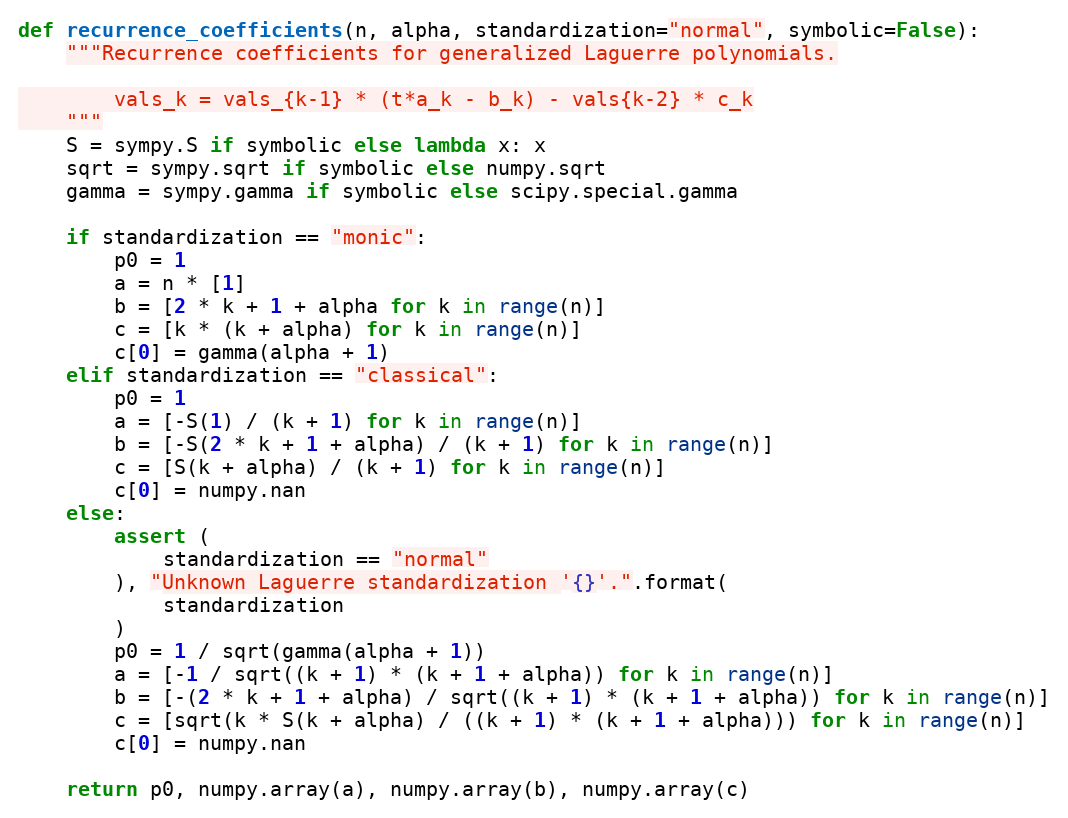
Language: Python
def recurrence_coefficients(n, alpha, standardization="normal", symbolic=False):
    """Recurrence coefficients for generalized Laguerre polynomials.

        vals_k = vals_{k-1} * (t*a_k - b_k) - vals{k-2} * c_k
    """
    S = sympy.S if symbolic else lambda x: x
    sqrt = sympy.sqrt if symbolic else numpy.sqrt
    gamma = sympy.gamma if symbolic else scipy.special.gamma

    if standardization == "monic":
        p0 = 1
        a = n * [1]
        b = [2 * k + 1 + alpha for k in range(n)]
        c = [k * (k + alpha) for k in range(n)]
        c[0] = gamma(alpha + 1)
    elif standardization == "classical":
        p0 = 1
        a = [-S(1) / (k + 1) for k in range(n)]
        b = [-S(2 * k + 1 + alpha) / (k + 1) for k in range(n)]
        c = [S(k + alpha) / (k + 1) for k in range(n)]
        c[0] = numpy.nan
    else:
        assert (
            standardization == "normal"
        ), "Unknown Laguerre standardization '{}'.".format(
            standardization
        )
        p0 = 1 / sqrt(gamma(alpha + 1))
        a = [-1 / sqrt((k + 1) * (k + 1 + alpha)) for k in range(n)]
        b = [-(2 * k + 1 + alpha) / sqrt((k + 1) * (k + 1 + alpha)) for k in range(n)]
        c = [sqrt(k * S(k + alpha) / ((k + 1) * (k + 1 + alpha))) for k in range(n)]
        c[0] = numpy.nan

    return p0, numpy.array(a), numpy.array(b), numpy.array(c)